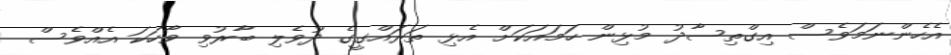
އެހެންނަމަވެސް އިގްތިސާދު މުޅިން ހަމައަކަށް އެޅި ތަރައްގީގެ ދުވެލި ބާރުވި ވާހަކަ އެއްވެސް